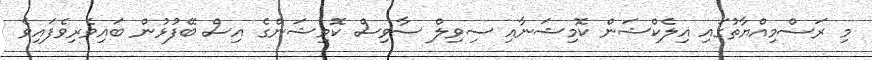
މި ރަސްމިއްޔާތުގައި އިލެކްޝަން ކޮމިޝަނާއި ސިވިލް ސާވިސް ކޮމިޝަންގެ އިސް ބޭފުޅުން ބައިވެރިވެފައިވެ